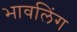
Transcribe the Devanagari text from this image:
भावलिंग